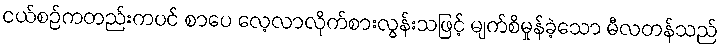
ငယ်စဉ်ကတည်းကပင် စာပေ လေ့လာလိုက်စားလွန်းသဖြင့် မျက်စိမှုန်ခဲ့သော မီလတန်သည်